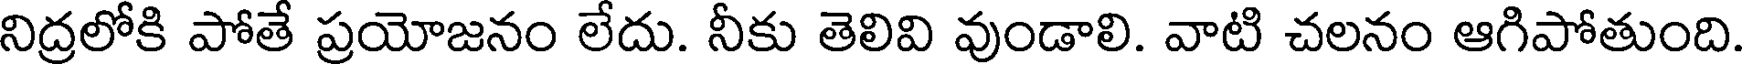
నిద్రలోకి పోతే ప్రయోజనం లేదు. నీకు తెలివి వుండాలి. వాటి చలనం ఆగిపోతుంది